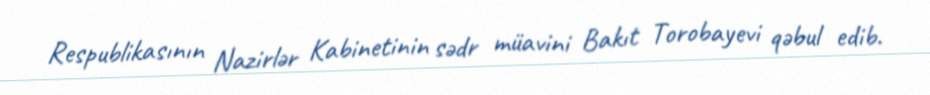
Respublikasının Nazirlər Kabinetinin sədr müavini Bakıt Torobayevi qəbul edib.